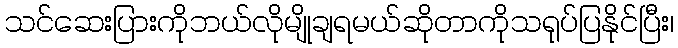
သင်ဆေးပြားကိုဘယ်လိုမျိုချရမယ်ဆိုတာကိုသရုပ်ပြနိုင်ပြီး၊